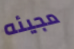
مجيئه